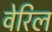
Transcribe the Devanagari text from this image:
वेरिल